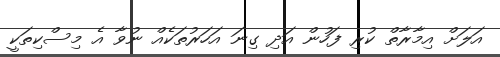
އަލަށް އިމާރާތް ކުރި ފަހުން އަދި ގިނަ އަހަރުތަކެއް ނުވާ އެ މިސްކިތަކީ